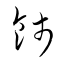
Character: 餞